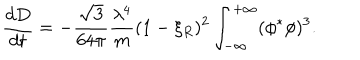
{ \frac { d D } { d t } } = - { \frac { \sqrt { 3 } } { 6 4 \pi } } { \frac { \lambda ^ { 4 } } { m } } ( 1 - \xi _ { R } ) ^ { 2 } \int _ { - \infty } ^ { + \infty } ( \phi ^ { * } \phi ) ^ { 3 } .